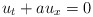
\begin{align*} u_t + a u_x = 0\end{align*}